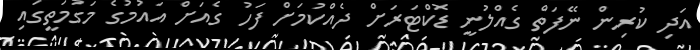
އަދި ކުރިން ނޭފަތް ގެއްލުނީ ޑޮކްޓަރަށް ދެއްކުމަށް ފަހު ގެއަށް އައުމުގެ މަގުމަތީގައި